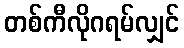
တစ်ကီလိုဂရမ်လျှင်